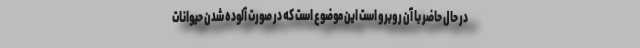
در حال حاضر با آن روبرو است این موضوع است که در صورت آلوده شدن حیوانات